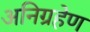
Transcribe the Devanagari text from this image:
अनिग्रहेण